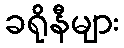
ခရိုနီများ